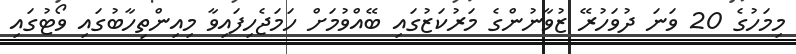
މިމަހުގެ 20 ވަނަ ދުވަހުރޭ ޒުވާނުންގެ މަރުކަޒުގައި ބޭއްވުމަށް ހަމަޖެހިފައިވާ މިއިންތިހާބުގައި ވޯޓުގައި